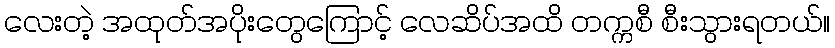
လေးတဲ့ အထုတ်အပိုးတွေကြောင့် လေဆိပ်အထိ တက္ကစီ စီးသွားရတယ်။